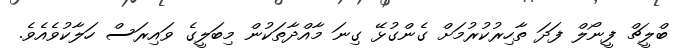
ބްލީޗް ފީނޯލް ފަދަ ތާހިރުކުރުމަށް ގެންގުޅޭ ގިނަ މާއްދާތަކުން މިބަލީގެ ވައިރަސް ހަލާކުވެއެވެ.